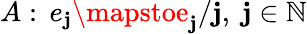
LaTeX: A:\, e_{\mathbf{j}}\mapstoe_{\mathbf{j}}/\mathbf{j},~\mathbf{j}\in\mathbb{{N}}